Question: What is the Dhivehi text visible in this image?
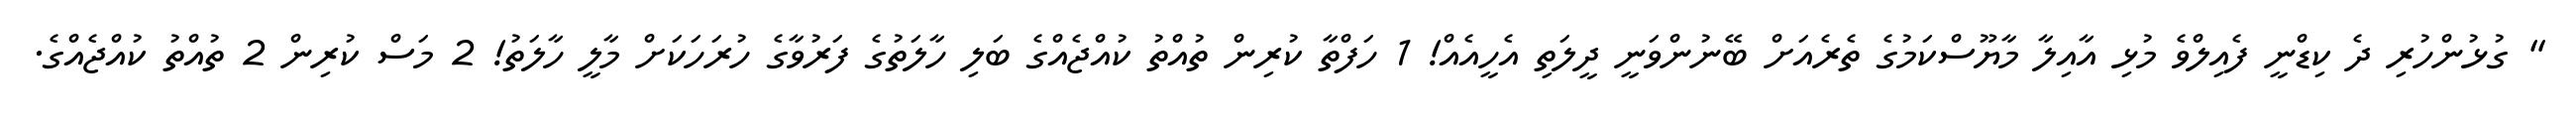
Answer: " ގުޅުންހުރި ދެ ކިޑްނީ ފެއިލްވެ މުޅި އާއިލާ މާޔޫސްކަމުގެ ތެރެއަށް ބޭނުންވަނީ ދީލަތި އެހީއެއް! 1 ހަފްތާ ކުރިން ތުއްތު ކުއްޖެއްގެ ބަލި ހާލަތުގެ ފަރުވާގެ ހުރަހަކަށް މާލީ ހާލަތު! 2 މަސް ކުރިން 2 ތުއްތު ކުއްޖެއްގެ.